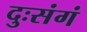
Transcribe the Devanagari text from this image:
दुःसंगं